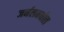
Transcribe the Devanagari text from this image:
जर्नलमधील